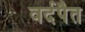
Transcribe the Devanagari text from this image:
वर्दपैत